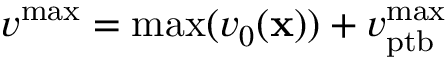
v ^ { \mathrm { m a x } } = \mathrm { m a x } ( v _ { 0 } ( { \bf x } ) ) + v _ { \mathrm { p t b } } ^ { \mathrm { m a x } }